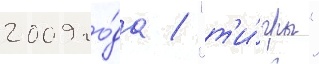
2009 го́да / "т'и́гры"